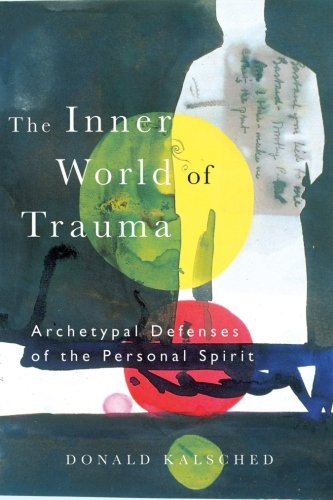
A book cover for The Inner World of Trauma: Archetypal Defences of the Personal Spirit (Near Eastern St.;Bibliotheca Persica); Donald Kalsched; Medical Books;